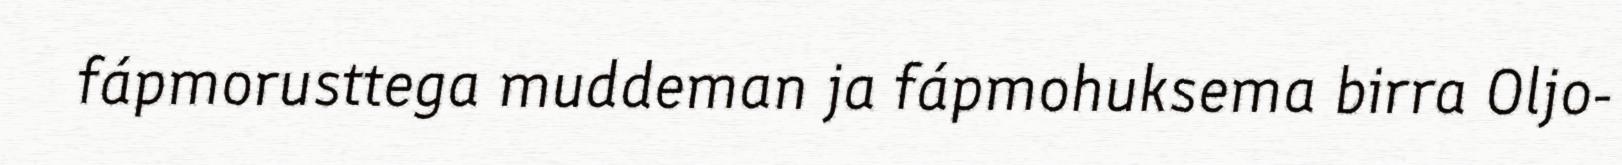
fápmorusttega muddeman ja fápmohuksema birra Oljo-